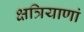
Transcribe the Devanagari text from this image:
क्षत्रियाणां